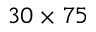
3 0 \times 7 5